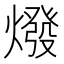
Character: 𤏋